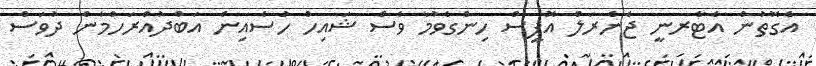
އެގޮތުން އެޓާރނީ ޖެނެރަލް އޮފީސް ހިންގެވުމާ ވެސް ޝައިހް ހުސެއިން އަބްދުއްރަހްމާން ދުވަސް